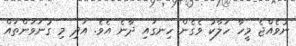
ނުވެއްޖެ މީހާ ހަލާކު ވެގެން ހިނގައި ދާނެ އެވެ. އަދި މި ގުނަވަންތައް